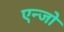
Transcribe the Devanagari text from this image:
एन्जो